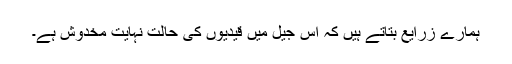
ہمارے زرایع بتاتے ہیں کہ اس جیل میں قیدیوں کی حالت نہایت مخدوش ہے۔